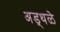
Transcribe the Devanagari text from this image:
अड्थळे